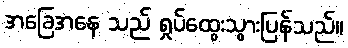
အခြေအနေ သည် ရှုပ်ထွေးသွားပြန်သည်။